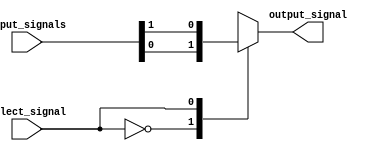
module mux_style_logic (
    input [2:0] input_signals,
    input select_signal,
    output reg output_signal
);

always @ (*) begin
    case (select_signal)
        3'b000: output_signal = input_signals[0];
        3'b001: output_signal = input_signals[1];
        3'b010: output_signal = input_signals[2];
        3'b011: output_signal = input_signals[0] & input_signals[1];
        3'b100: output_signal = input_signals[0] | input_signals[1];
        3'b101: output_signal = ~input_signals[0];
        default: output_signal = input_signals[2];
    endcase
end

endmodule